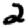
Digit: 2